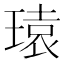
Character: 𪼄